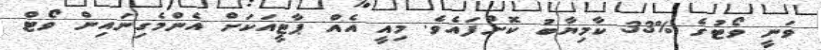
ވަނީ ވޯޓުގެ %33 ކާމިޔާބު ކޮށްފައެވެ. މިއީ އެއް ޕާޓީއަކަށް އެންމެގިނައިން ވޯޓް